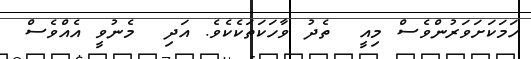
ހަމަކަށަވަރުންވެސް މިއީ  ތެދު ވާހަކަތަކެކެވެ. އަދި  މެނުވީ އެއްވެސް